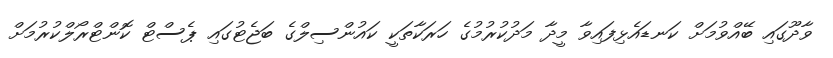
ވާދޫގައި ބޭއްވުމަށް ކަނޑައެޅިފައިވާ މީދާ މަދުކުރުމުގެ ހަރަކާތަކީ ކައުންސިލްގެ ބަޖެޓުގައި ޕެސްޓް ކޮންޓްރޯލްކުރުމަށް